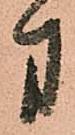
方